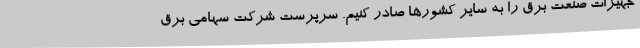
جهیزات صنعت برق را به سایر کشورها صادر کنیم. سرپرست شرکت سهامی برق